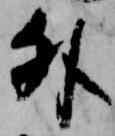
外